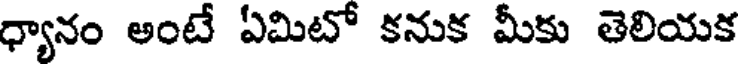
ధ్యానం అంటే ఏమిటో కనుక మీకు తెలియక